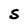
Character: S